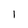
Character: I